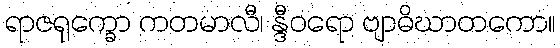
ရာဇရုက္ခော ကတမာလီ၊ န္ဒီဝရော ဗျာဓိဃာတကော။